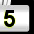
Digit: 5